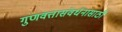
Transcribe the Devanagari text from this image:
गुणवत्तासंवर्धनासाठी